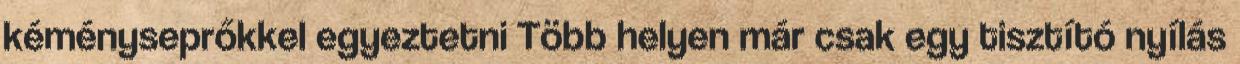
kéményseprőkkel egyeztetni Több helyen már csak egy tisztító nyílás